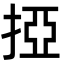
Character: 掗